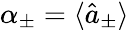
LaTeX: \alpha_{\pm}=\langle\hat{a}_{\pm}\rangle